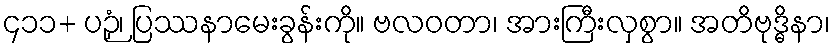
၄၁၁+ ပဉှံ၊ ပြဿနာမေးခွန်းကို။ ဗလဝတာ၊ အားကြီးလှစွာ။ အတိဗုဒ္ဓိနာ၊